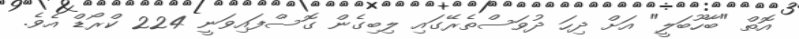
އޮތް "ބާހޫބަލީ" އަށް ދިހަ ދުވަސްތެރޭގައި ލިބިގެން ގޮސްފައިވަނީ 224 ކްރޯޑް އެވެ.